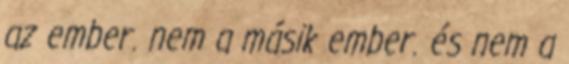
az ember. nem a másik ember. és nem a